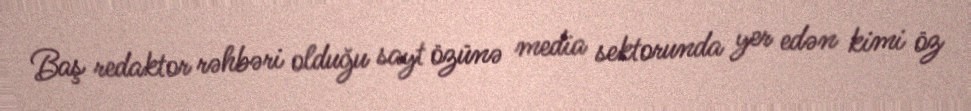
Baş redaktor rəhbəri olduğu sayt özünə media sektorunda yer edən kimi öz